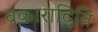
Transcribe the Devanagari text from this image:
वकारादिति